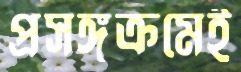
প্রসঙ্গক্রমেই